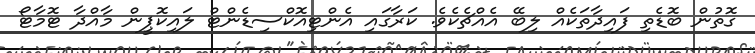
ގޮތުން ބޮޑެތި ފައިދާތަކެއް ލިބޭ އެއްޗެކެވެ. ކަރާގައި އެންޓިއޮކްސިޑެންޓް ލައިކޮޕީން މާއްދާ ޓޮމާޓޯ